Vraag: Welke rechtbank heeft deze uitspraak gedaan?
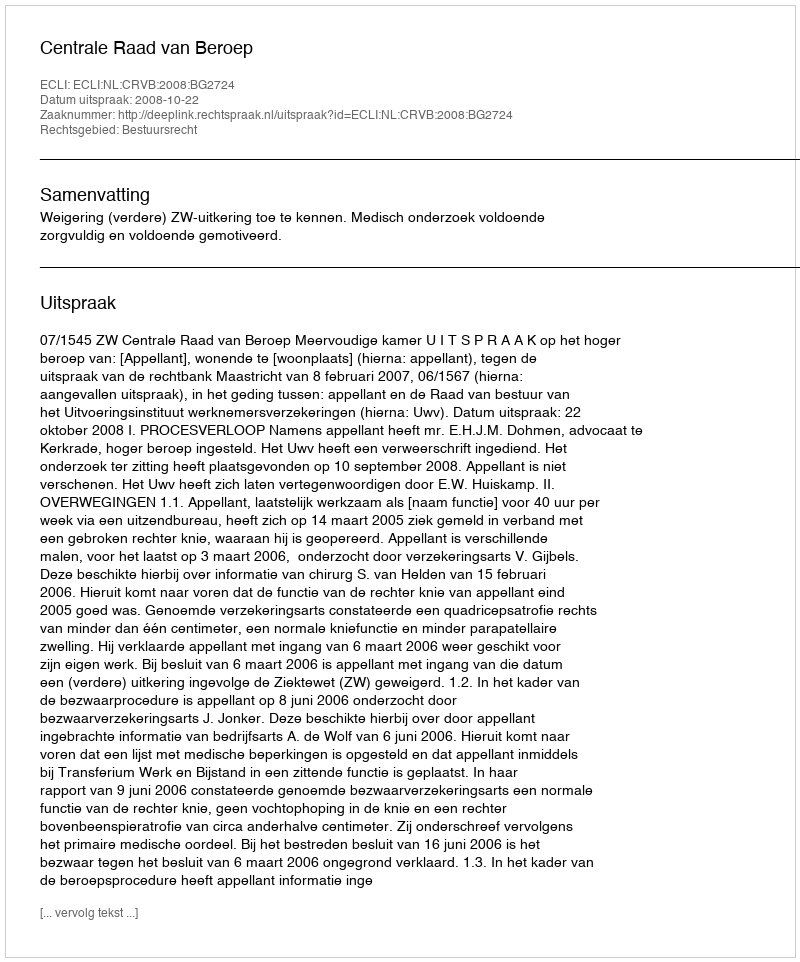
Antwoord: Centrale Raad van Beroep